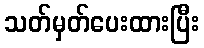
သတ်မှတ်ပေးထားပြီး